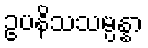
ဥပနိသသမ္ပန္နာ